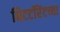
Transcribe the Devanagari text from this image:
बिटटॉरेंटच्या